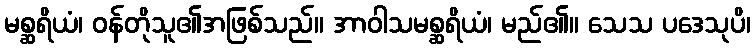
မစ္ဆရိယံ၊ ဝန်တိုသူ၏အဖြစ်သည်။ အာဝါသမစ္ဆရိယံ၊ မည်၏။ သေသ ပဒေသုပိ၊